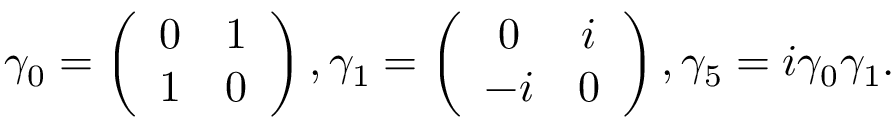
\gamma _ { 0 } = \left( \begin{array} { c c } { { 0 } } & { { 1 } } \\ { { 1 } } & { { 0 } } \end{array} \right) , \gamma _ { 1 } = \left( \begin{array} { c c } { { 0 } } & { { i } } \\ { { - i } } & { { 0 } } \end{array} \right) , \gamma _ { 5 } = i \gamma _ { 0 } \gamma _ { 1 } .